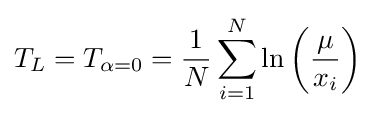
T_{L}=T_{\alpha =0}={\frac {1}{N}}\sum _{i=1}^{N}\ln \left({\frac {\mu }{x_{i}}}\right)